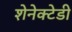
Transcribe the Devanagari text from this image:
शेनेक्टेडी